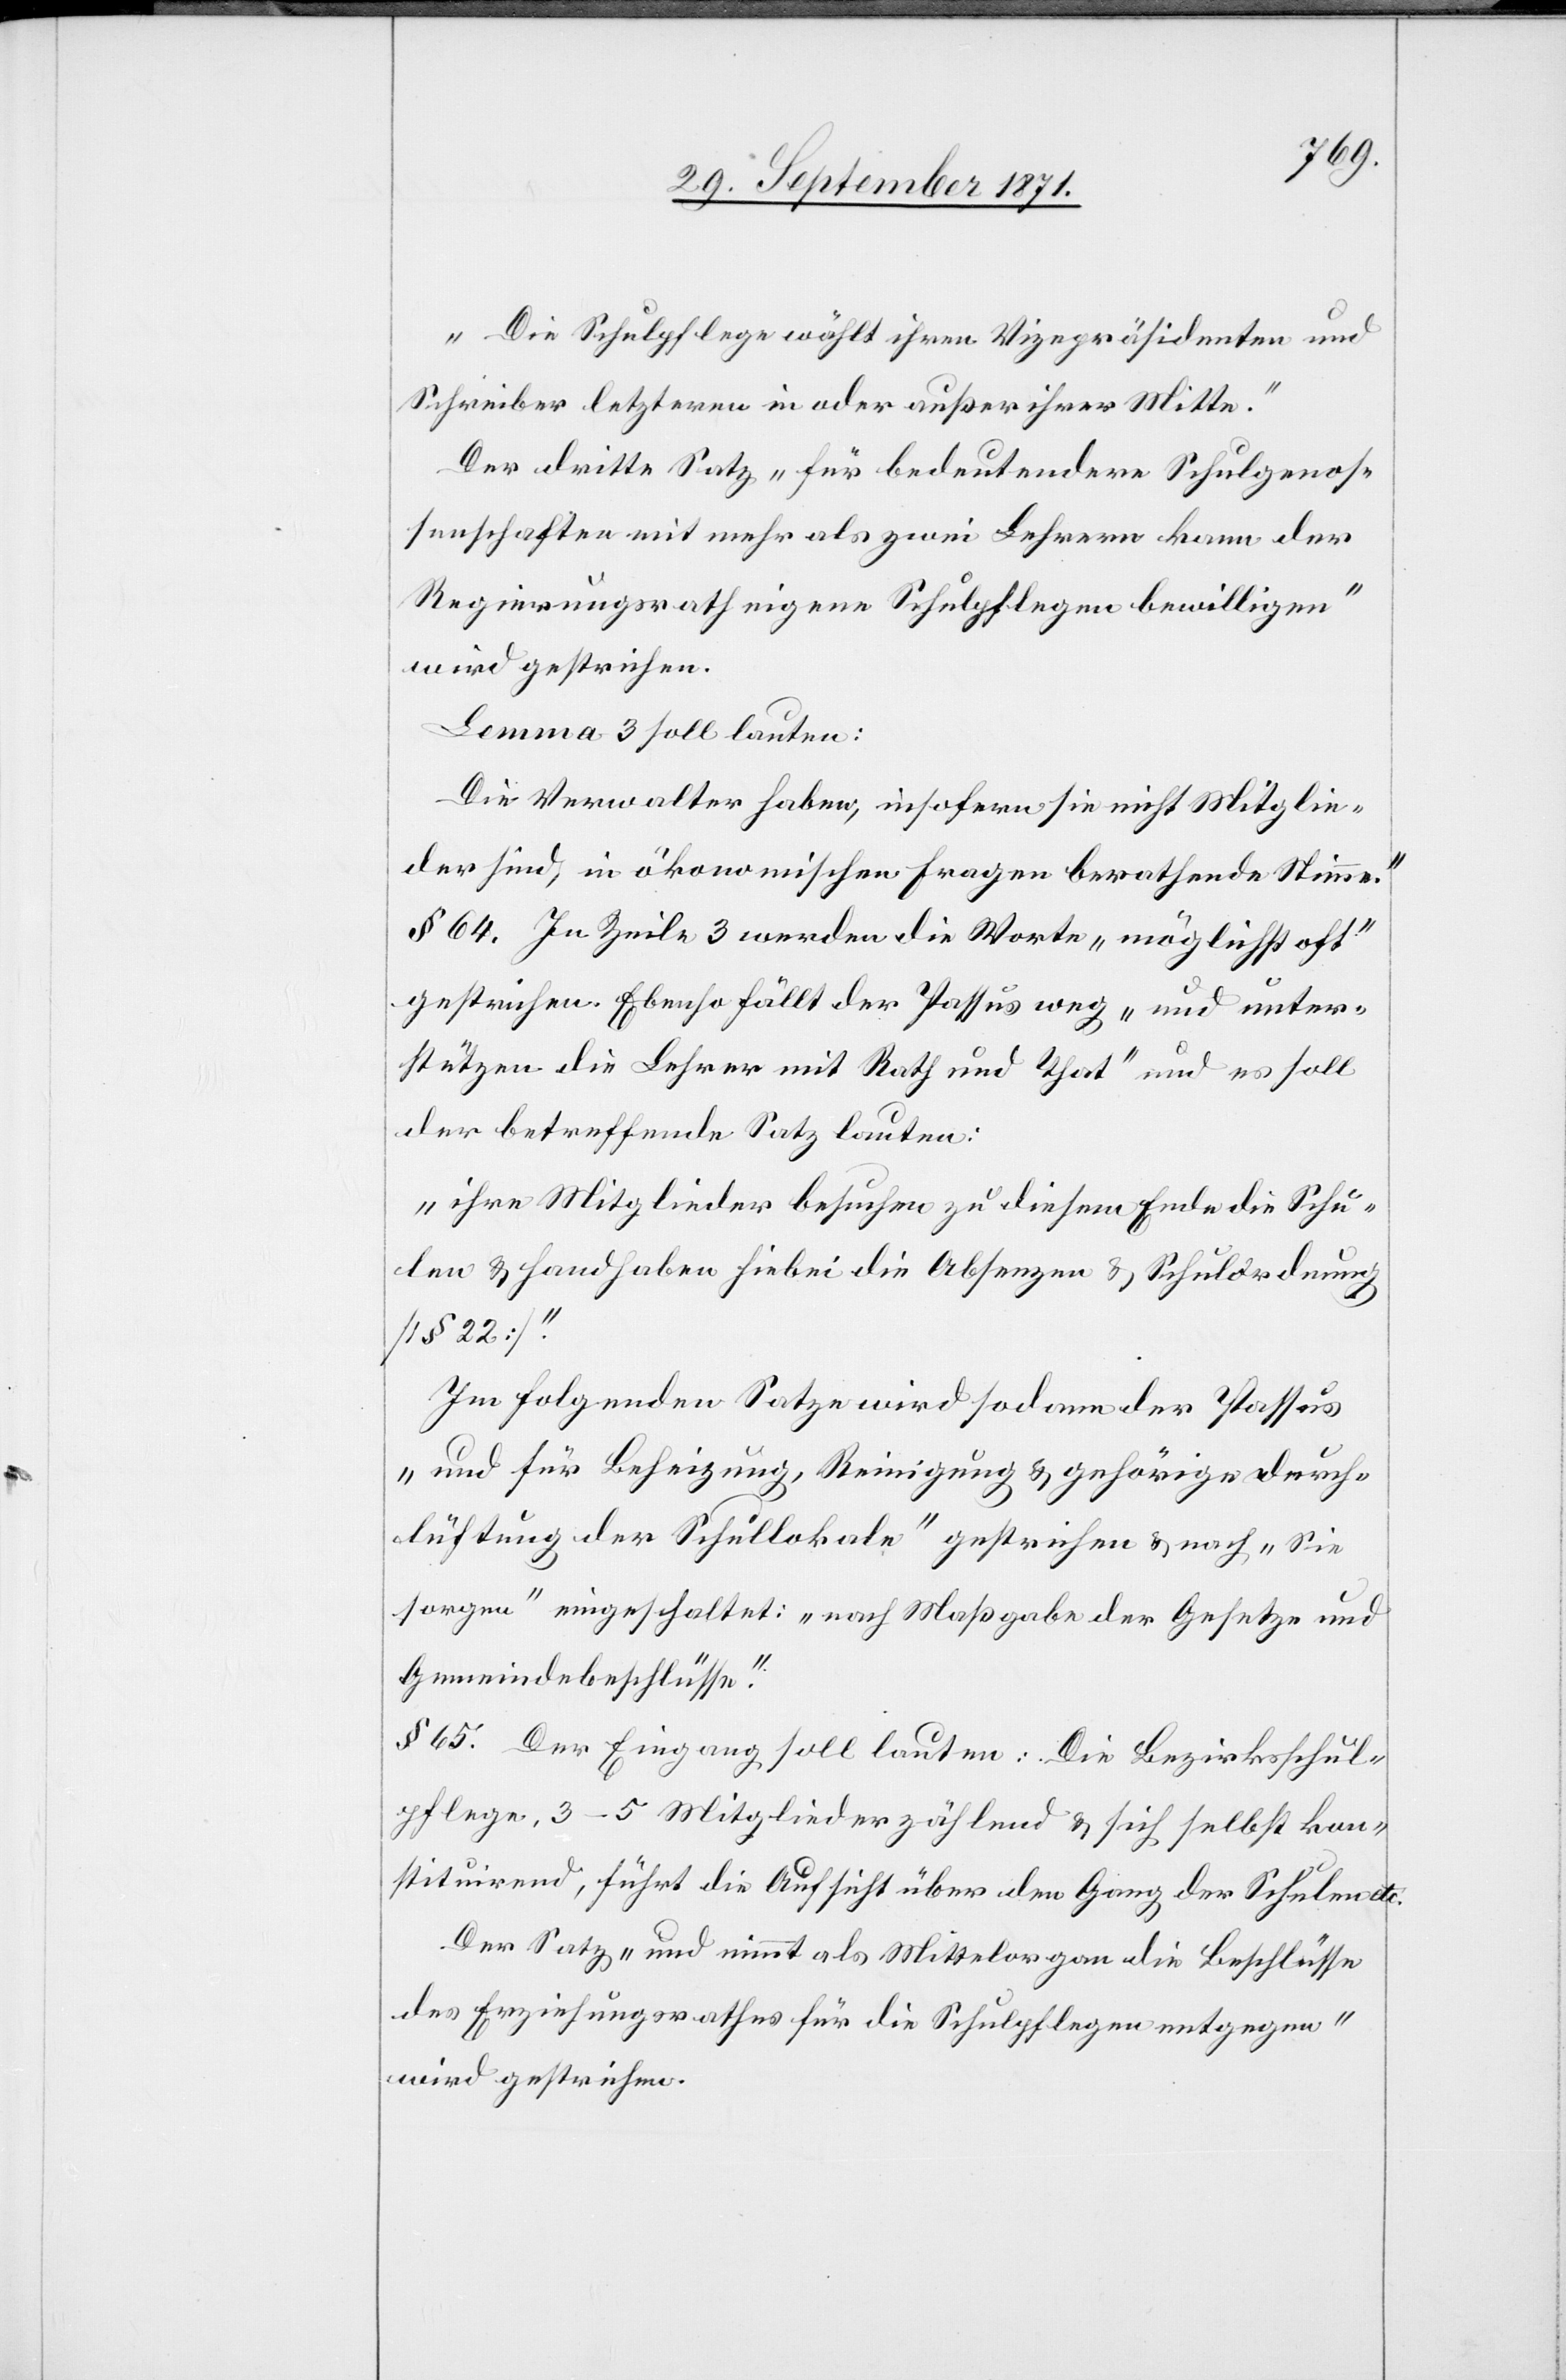
„Die Schulpflege wählt ihren Vizepräsidenten und
Schreiber letzteren in oder außer ihrer Mitte.“
Der dritte Satz „für bedeutendere Schulgenos¬
senschaften mit mehr als zwei Lehrern kann der
Regierungsrath eigene Schulpflege bewilligen“
wird gestrichen.
Lemma 3 soll lauten:
[„]Die Verwalter haben, insofern sie nicht Mitglie¬
der sind, in ökonomischen Fragen berathende Stimme.“
§ 64. In Zeile 3 werden die Worte „möglichst oft“
gestrichen. Ebenso fällt der Passus weg „und unter¬
stützen die Lehrer mit Rath und That“ und es soll
der betreffende Satz lauten:
„ihre Mitglieder besuchen zu diesem Ende die Schu¬
len & handhaben hiebei die Absenzen & Schulordnung
[§ 22].“
Im folgenden Satze wird sodann der Passus
„und für Beheizung, Reinigung & gehörige Durch¬
lüftung der Schullokale“ gestrichen & nach „Sie
sorgen“ eingeschaltet: „nach Maßgabe der Gesetze und
Gemeindebeschlüsse.“
§ 65. Der Eingang soll lauten: Die Bezirksschul¬
pflege 3–5 Mitglieder zählend & sich selbst kon¬
stituirend, führt die Aufsicht über den Gang der Schule etc.
Der Satz „und nimmt als Mittelorgan die Beschlüsse
des Erziehungsrathes für die Schulpflege entgegen“